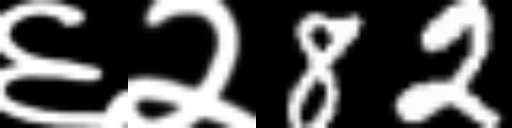
Text: ६२82